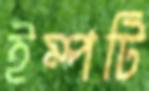
ইম্পটি